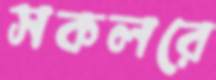
সকলরে